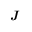
\textbf { \emph { J } }